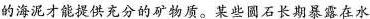
的海泥才能提供充分的矿物质。某些圆石长期暴露在水